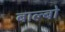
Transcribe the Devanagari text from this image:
बाल्बो